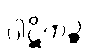
ပါဋိကဉ္စ